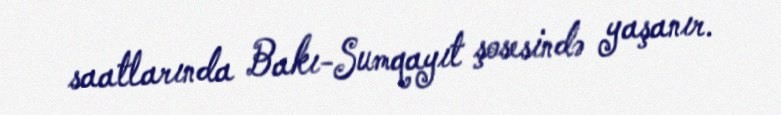
saatlarında Bakı-Sumqayıt şosesində yaşanır.